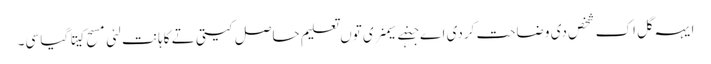
ایہہ گل اِک شخص دی وضاحت کردی اے جنہے سیمنری توں تعلیم حاصل کیتی تے کاہانت لئی مسح کیتا گیا سی۔